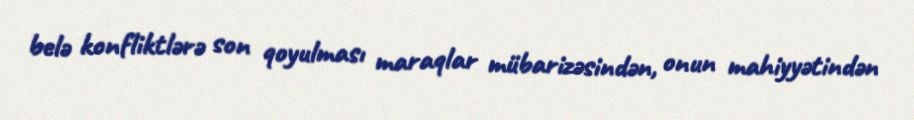
belə konfliktlərə son qoyulması maraqlar mübarizəsindən, onun mahiyyətindən